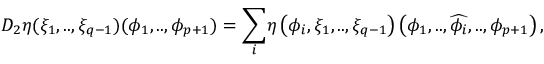
\! \! D _ { 2 } \eta ( { \xi } _ { 1 } , . . , { \xi } _ { q - 1 } ) ( { \phi } _ { 1 } , . . , { \phi } _ { p + 1 } ) = { \displaystyle \sum _ { i } } \eta \left( { \phi } _ { i } , { \xi } _ { 1 } , . . , { \xi } _ { q - 1 } \right) \left( { \phi } _ { 1 } , . . , \widehat { { \phi } _ { i } } , . . , { \phi } _ { p + 1 } \right) ,